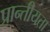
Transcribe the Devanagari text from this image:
प्रान्तीयता